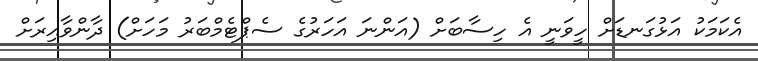
އެކަމަކު އަޅުގަނޑަށް ހީވަނީ އެ ހިސާބަށް (އަންނަ އަހަރުގެ ސެޕްޓެމްބަރު މަހަށް) ދާންވާއިރަށް